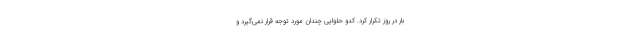
بار در روز تکرار کرد. کدو حلوایی چندان مورد توجه قرار نمی‌گیرد و